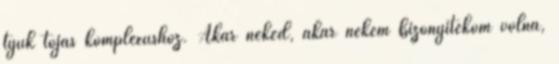
tyúk tojás komplexushoz. Akár neked, akár nekem bizonyítékom volna,